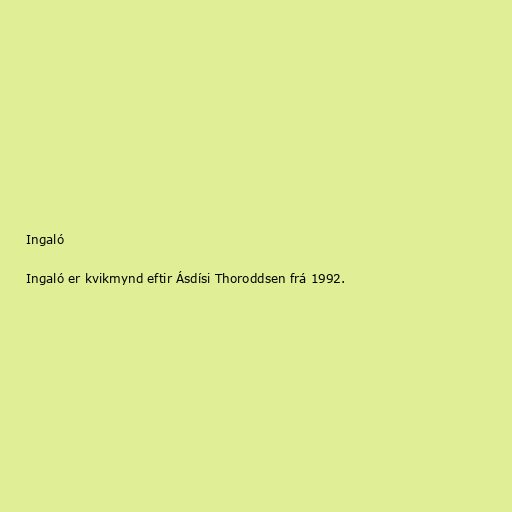
Ingaló

Ingaló er kvikmynd eftir Ásdísi Thoroddsen frá 1992.